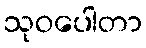
သုဝပေါတာ